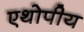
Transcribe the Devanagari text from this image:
एथोपीय